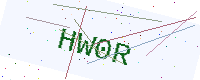
Text: HW0R